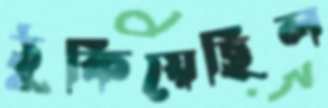
ঠুকিয়েছিল